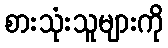
စားသုံးသူများကို